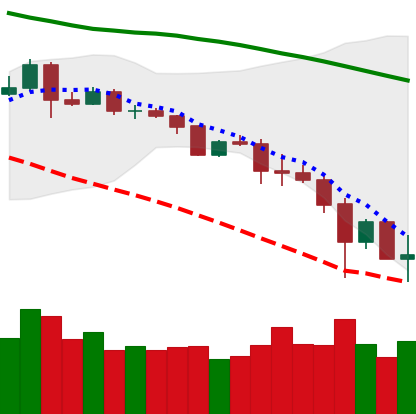
Ticker: ETC-USD
Chart end date: 2019-11-25
Forward return: 4.443%
Label: up_3_5